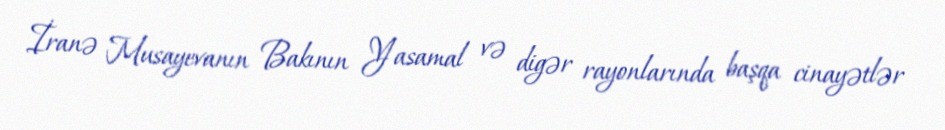
İranə Musayevanın Bakının Yasamal və digər rayonlarında başqa cinayətlər